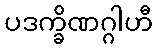
ပဒက္ခိဏဂ္ဂါဟီ